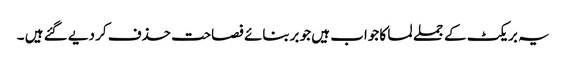
یہ بریکٹ کے جملے لما کا جواب ہیں جو بربنائے فصاحت حذف کر دیے گئے ہیں ۔